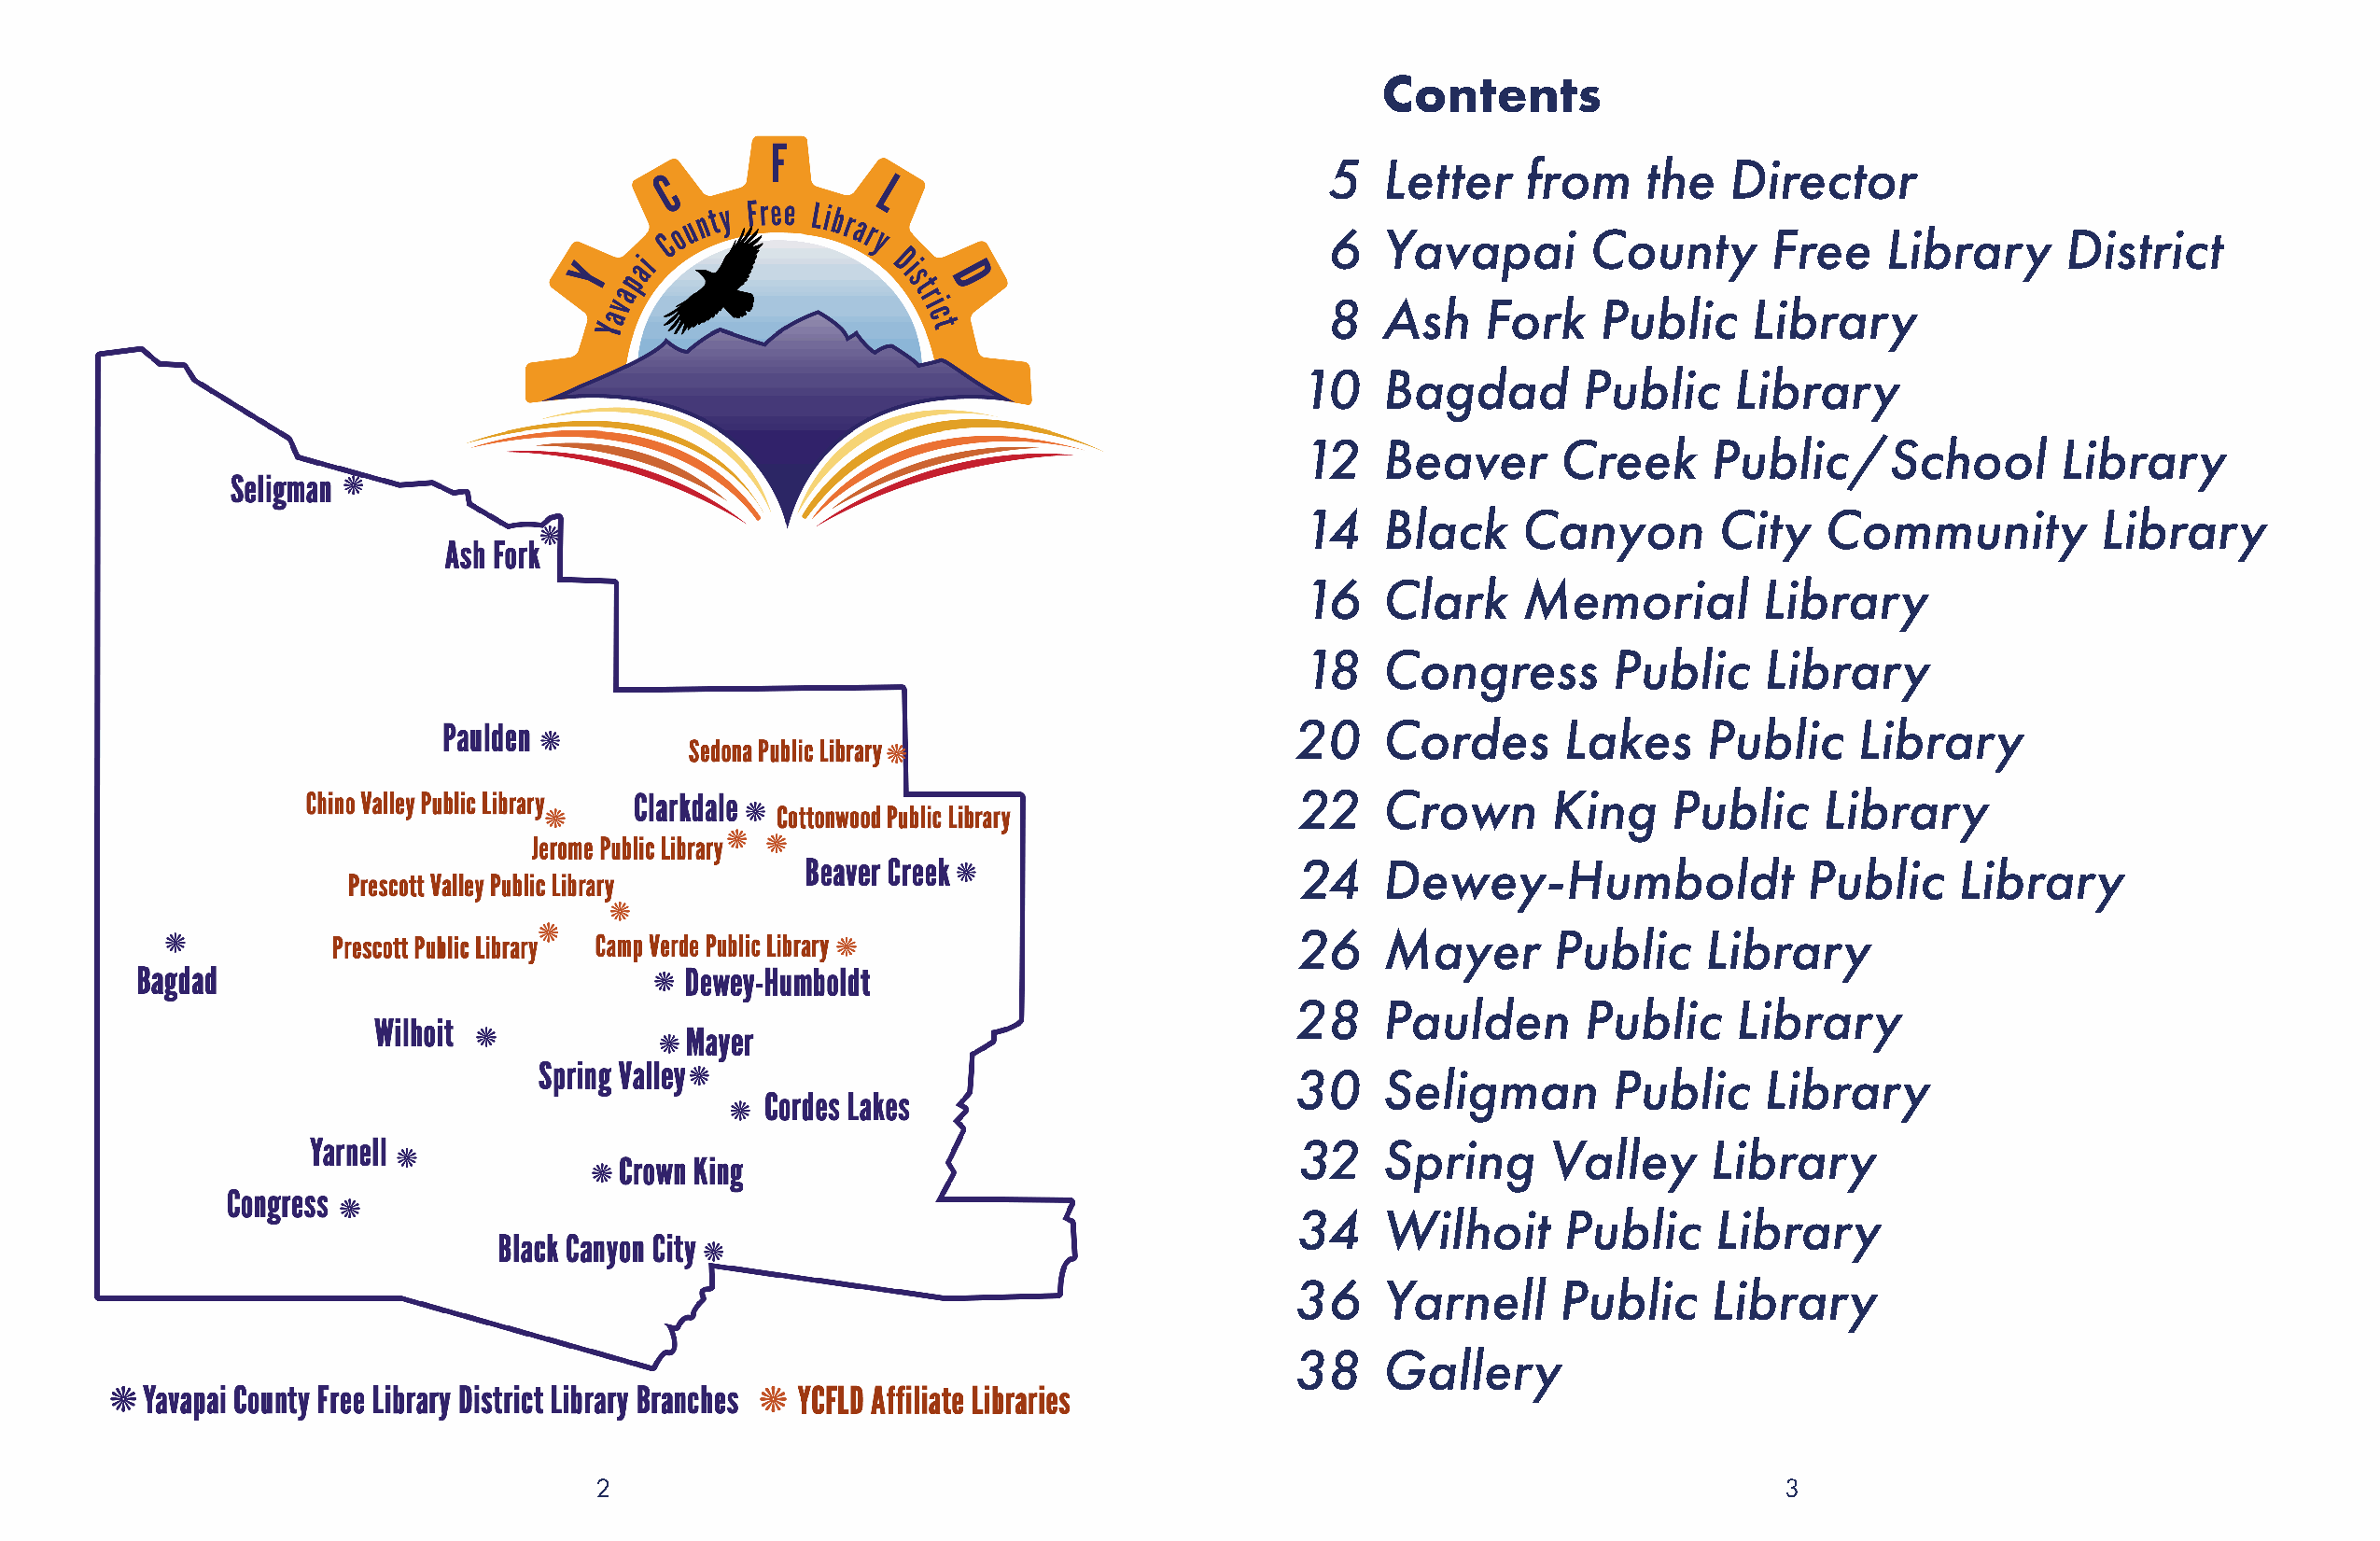
Contents
 5   Letter    from     the   Director
 6   Yavapai        County       Free    Library     District
 8   Ash    Fork    Public     Library
 10    Bagdad        Public     Library
 12    Beaver       Creek     Public/School            Library
 14    Black     Canyon        City   Community           Library
 16    Clark     Memorial         Library
 18    Congress        Public     Library
 20    Cordes       Lakes     Public     Library
 22    Crown       King    Public     Library
 24    Dewey-Humboldt                Public     Library
 26    Mayer       Public     Library
 28    Paulden       Public     Library
 30    Seligman        Public     Library
 32    Spring      Valley     Library
 34    Wilhoit      Public     Library
 36    Yarnell      Public    Library
 38    Gallery
 2                                                                                    3